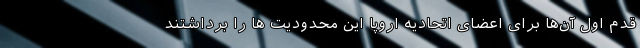
قدم اول آن‌ها برای اعضای اتحادیه اروپا این محدودیت ها را برداشتند